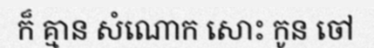
ក៏ គ្មាន សំណោក សោះ កូន ចៅ